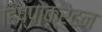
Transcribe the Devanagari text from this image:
हिप्पोक्रेटन